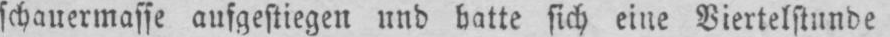
schauermasse aufgestiegen und hatte sich eine Viertelstunde